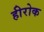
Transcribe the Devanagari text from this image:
हीरोक